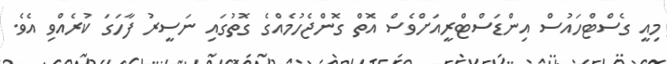
މިއީ ގެސްޓްހައުސް އިންޑަސްޓްރީއަށްވެސް އޮތް ގޮންޖެހުމެއްގެ ގޮތުގައި ނަސީރު ފާހަގަ ކުރެއްވި އެވެ.